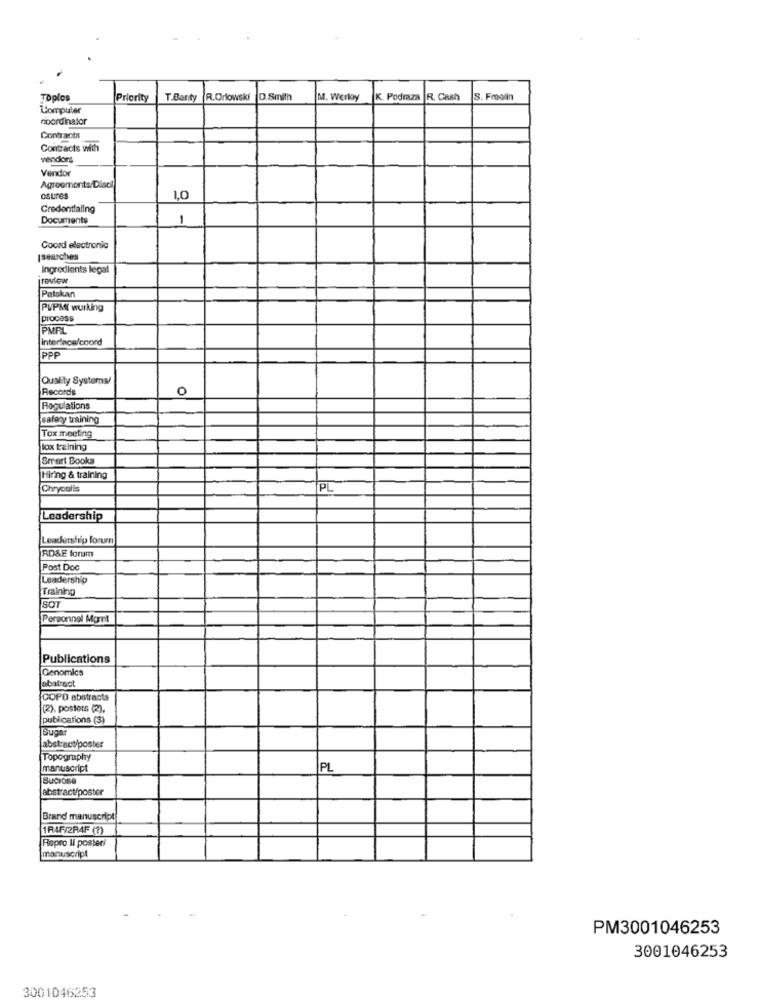
Toplos
Priority
T.Banty
R.Orlowski
D.Smith
M. Werloy
K. Podraza
R. Cash
S. Froolin
Computer
coordinator
Contracta
Contracts with
vendors
Vendor
Agreements Disci
csures
1,0
Credentialing
Documents
1
Coord electronic
|searches
Ingredients legal
review
Patskan
PUPMI working
Process
PMPL
Interface/coord
PPP
Quality Systems/
Records
O
Regulations
safety training
Tox meeting
lox training
Smart Books
Hiring & training
Chrycalis
PL
Leadership
Leadership forurn
RD&E forum
Post Doc
Leadership
Tminho
SOT
Personnel Mgmt
Publications
Genomics
obatract
COPD abstracts
(2), posters (2).
publications (3)
Sugar
abstract/poster
Topography
manuscript
PL
Sucrose
abstract/poster
Brand manuscript
1R4F/2R4F (?)
Ropro li posted!
manuscript
PM3001046253
3001046253
3001046253